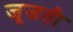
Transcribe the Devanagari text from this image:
जूजती